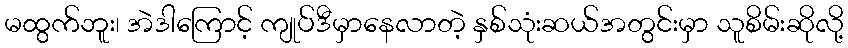
မထွက်ဘူး၊ အဲဒါကြောင့် ကျုပ်ဒီမှာနေလာတဲ့ နှစ်သုံးဆယ်အတွင်းမှာ သူစိမ်းဆိုလို့